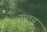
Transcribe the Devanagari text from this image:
यालय